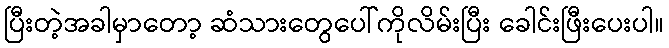
ပြီးတဲ့အခါမှာတော့ ဆံသားတွေပေါ်ကိုလိမ်းပြီး ခေါင်းဖြီးပေးပါ။